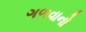
ગળવાનો